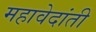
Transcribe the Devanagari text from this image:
महावेदांती